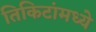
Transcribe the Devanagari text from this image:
तिकिटांमध्ये